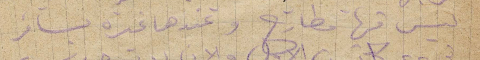
ليس فيها مطارح وعندها غيره يسافر